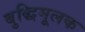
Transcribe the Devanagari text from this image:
बुद्धिमूलक